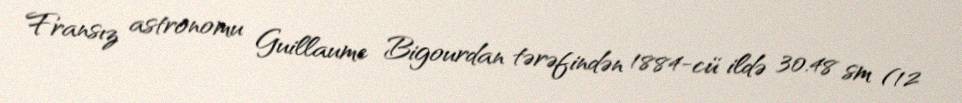
Fransız astronomu Guillaume Bigourdan tərəfindən 1884-cü ildə 30.48 sm (12